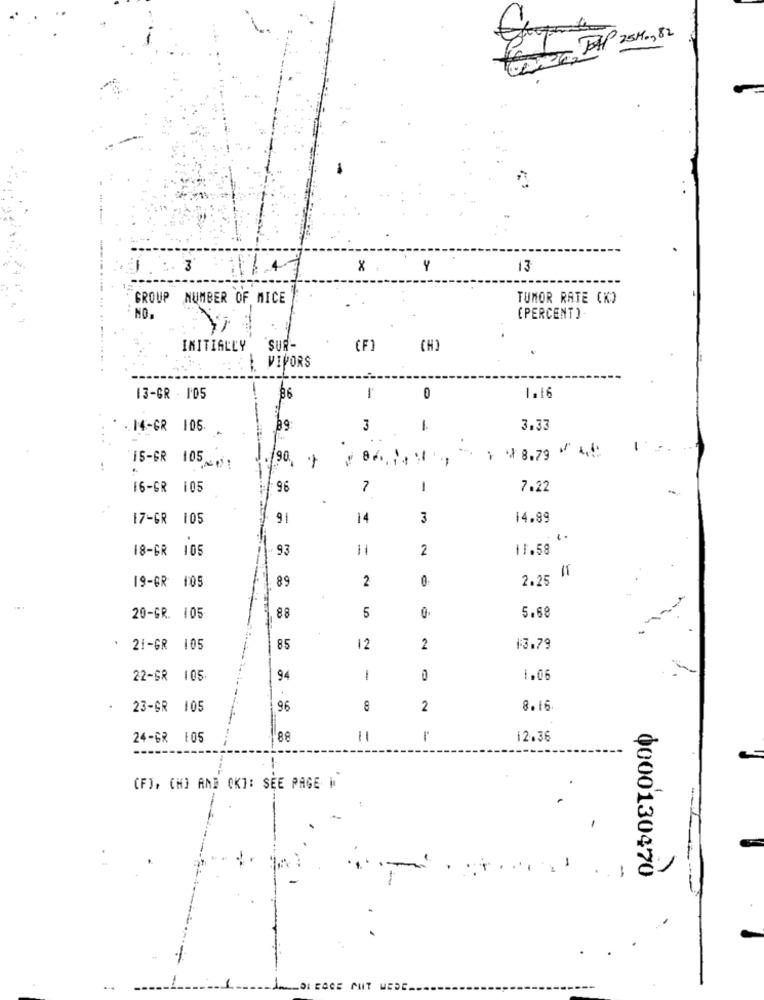
Har RAP 25M ., 82
. : 3
: 14
Y
13
----.....
GROUP NUMBER OF MICE
TUMOR RATE CK)
NO.
(PERCENT )
INITIALLY
SUR-
(F)
(H)
.-..... .
. VIPORS
1.16
13-GR - 1'05
86
0
.. 14-GR 106
3
3.33
1 8.79 ~ 4,4
15-GR 105
90
--
-
-
16-GR 105
96
7
-
7.22
17-GR 105
9
14
3
14.89
18-GR 105
93
=
2
11.58
19-GR 105
89
2
0
2.25
20-GR. 105
88
5
5.68
: 21-GR 105
85
12
2
$3.79
22-GR 105
94
1
1.06
23-GR 105
96
8
2
8.16
24-GR 105
88
12.36
(F), (H] AND OK]: SEE PAGE |
0000130470
DI CACE CUIT MESE